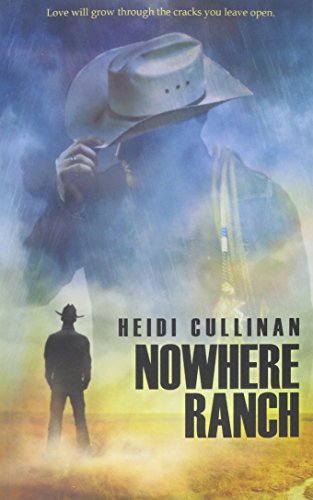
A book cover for Nowhere Ranch; Heidi Cullinan; Romance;